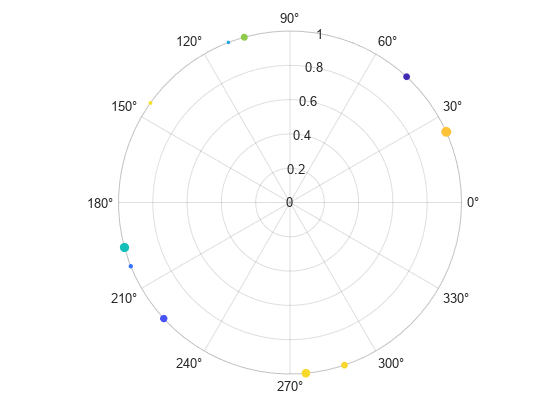
matlab, figure, polarscatter